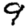
Digit: 9